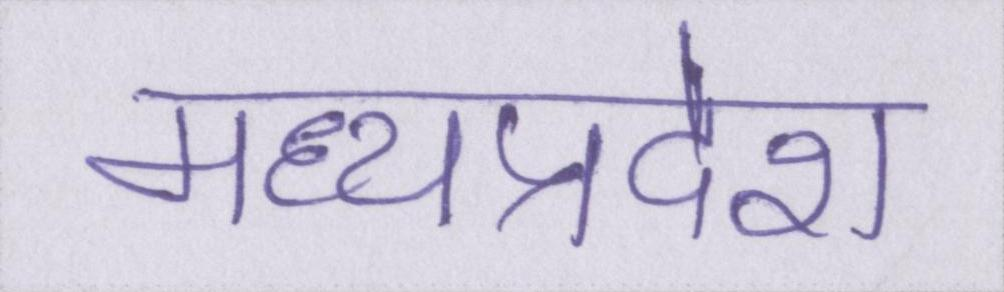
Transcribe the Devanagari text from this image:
मध्यप्रदेश